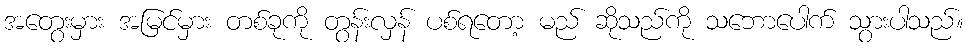
အတွေးမှား အမြင်မှား တစ်ခုကို တွန်းလှန် ပစ်ရတော့ မည် ဆိုသည်ကို သဘောပေါက် သွားပါသည်။